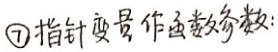
\textcircled{7} 指针变量作函数参数：